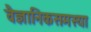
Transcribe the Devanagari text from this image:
वैज्ञानिकसमस्या